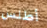
أطلس